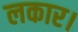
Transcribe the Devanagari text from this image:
लकार।